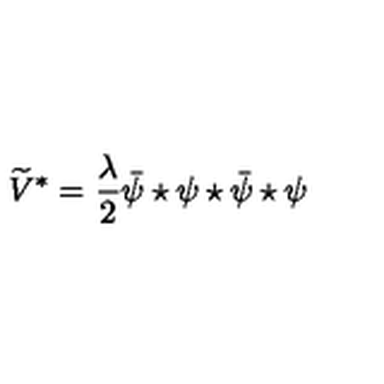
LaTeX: \widetilde { V } ^ { * } = \frac { \lambda } { 2 } \bar { \psi } \star \psi \star \bar { \psi } \star \psi